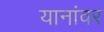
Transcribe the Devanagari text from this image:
यानांवर